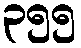
၃၅၅